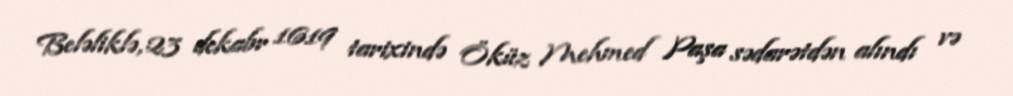
Beləliklə, 23 dekabr 1619 tarixində Öküz Mehmed Paşa sədarətdən alındı və